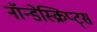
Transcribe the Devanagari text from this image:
नॉन्डेस्क्रिप्ट्स